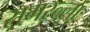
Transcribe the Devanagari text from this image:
समरल्ला